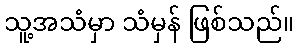
သူ့အသံမှာ သံမှန် ဖြစ်သည်။